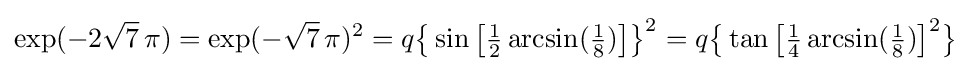
\exp(-2{\sqrt {7}}\,\pi )=\exp(-{\sqrt {7}}\,\pi )^{2}=q{\bigl \{}\sin {\bigl [}{\tfrac {1}{2}}\arcsin({\tfrac {1}{8}}){\bigr ]}{\bigr \}}^{2}=q{\bigl \{}\tan {\bigl [}{\tfrac {1}{4}}\arcsin({\tfrac {1}{8}}){\bigr ]}^{2}{\bigr \}}